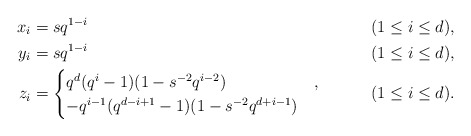
\begin{align*} x_i &= s q^{1-i} && (1 \leq i \leq d),\\ y_i &= s q^{1-i} && (1 \leq i \leq d),\\ z_i & = \begin{cases} q^d (q^i-1)(1- s^{-2} q^{i-2}) & , \\ - q^{i-1} (q^{d-i+1}-1)(1-s^{-2} q^{d+i-1}) & \end{cases} & & (1 \leq i \leq d).\end{align*}